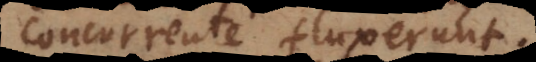
concurrente fluxerunt.